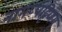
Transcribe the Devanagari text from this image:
नागप्पट्टिणम्